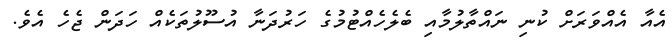
އެއާ އެއްވަރަށް ކުނި ނައްތާލުމާއި ބެލެހެއްޓުމުގެ ހަރުދަނާ އުސޫލުތަކެއް ހަދަން ޖެހެ އެވެ.